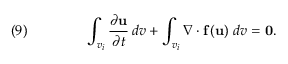
\quad ( 9 ) \qquad \qquad \int _ { v _ { i } } { \frac { \partial { \mathbf { u } } } { \partial t } } \, d v + \int _ { v _ { i } } \nabla \cdot { \mathbf { f } } \left( { \mathbf { u } } \right) \, d v = { \mathbf { 0 } } .